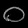
Digit: ၀